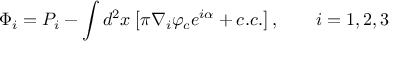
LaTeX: \Phi _ { i } = P _ { i } - \int d ^ { 2 } x \left[ \pi \nabla _ { i } \varphi _ { c } e ^ { i \alpha } + c . c . \right] , \qquad i = 1 , 2 , 3